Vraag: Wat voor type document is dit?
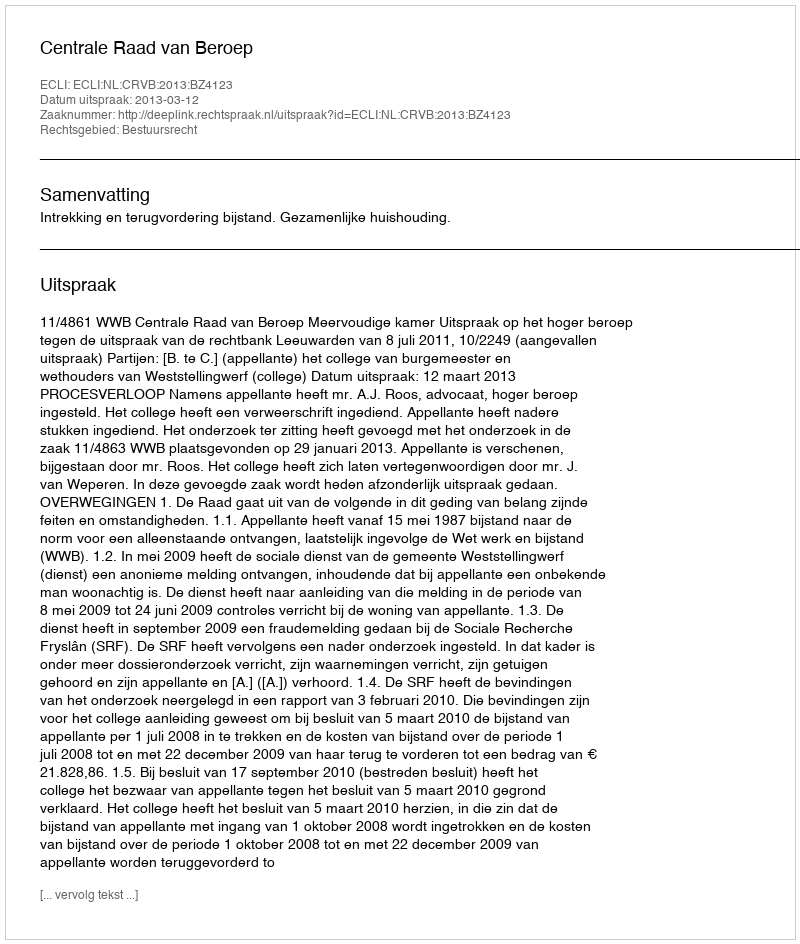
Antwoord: Uitspraak